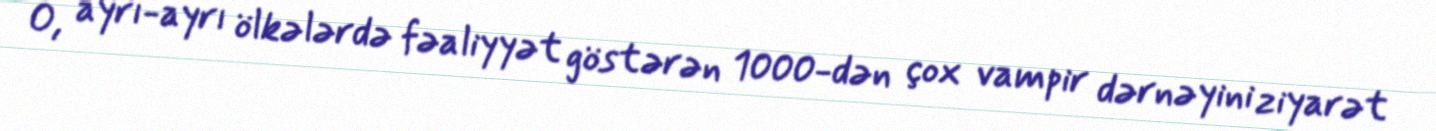
O, ayrı-ayrı ölkələrdə fəaliyyət göstərən 1000-dən çox vampir dərnəyini ziyarət